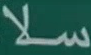
سلا